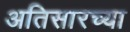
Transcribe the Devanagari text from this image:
अतिसारच्या